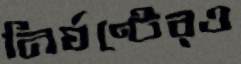
নির্ঘণ্টেরও